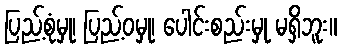
ပြည့်စုံမှု၊ ပြည့်ဝမှု၊ ပေါင်းစည်းမှု မရှိဘူး။